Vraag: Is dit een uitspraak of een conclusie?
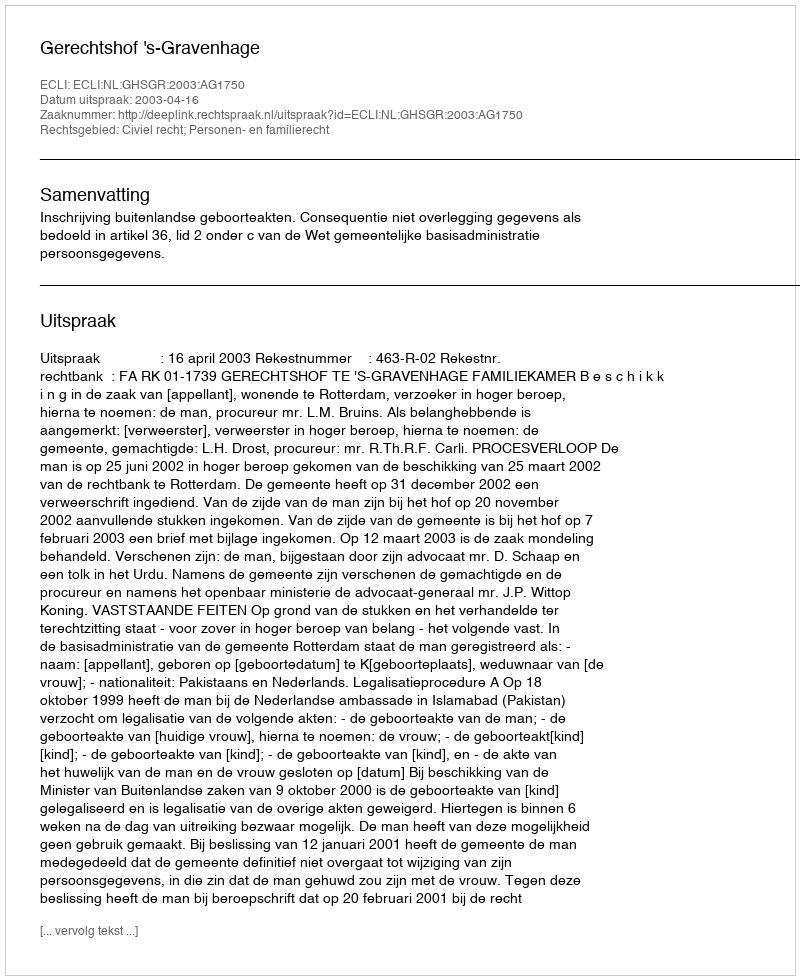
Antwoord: Uitspraak